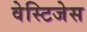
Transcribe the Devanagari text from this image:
वेस्टिजेस